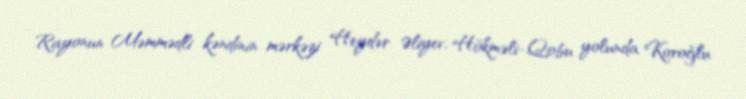
Rayonun Məmmədli kəndinin mərkəzi Heydər Əliyev, Hökməli-Qobu yolunda Koroğlu